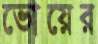
ভোয়ের